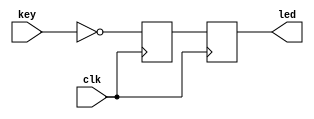
module KEYBoard
(
input clk, //System clock 50MHz on board
input [3:0] key, //Input 4 key signal,when the keydown,the light will be lighting.
output [3:0] led  //LED dissplay,when the signal high,LED light 
);

reg[3:0] led_r; 
//
reg[3:0] led_r1; 
//
always@(posedge clk)
begin
 led_r<=~key;
 //keydownled_r 
end

always@(posedge clk)
begin
 led_r1<=led_r; 
 //
 //input keyoutput led
end

assign led=led_r1;//

endmodule